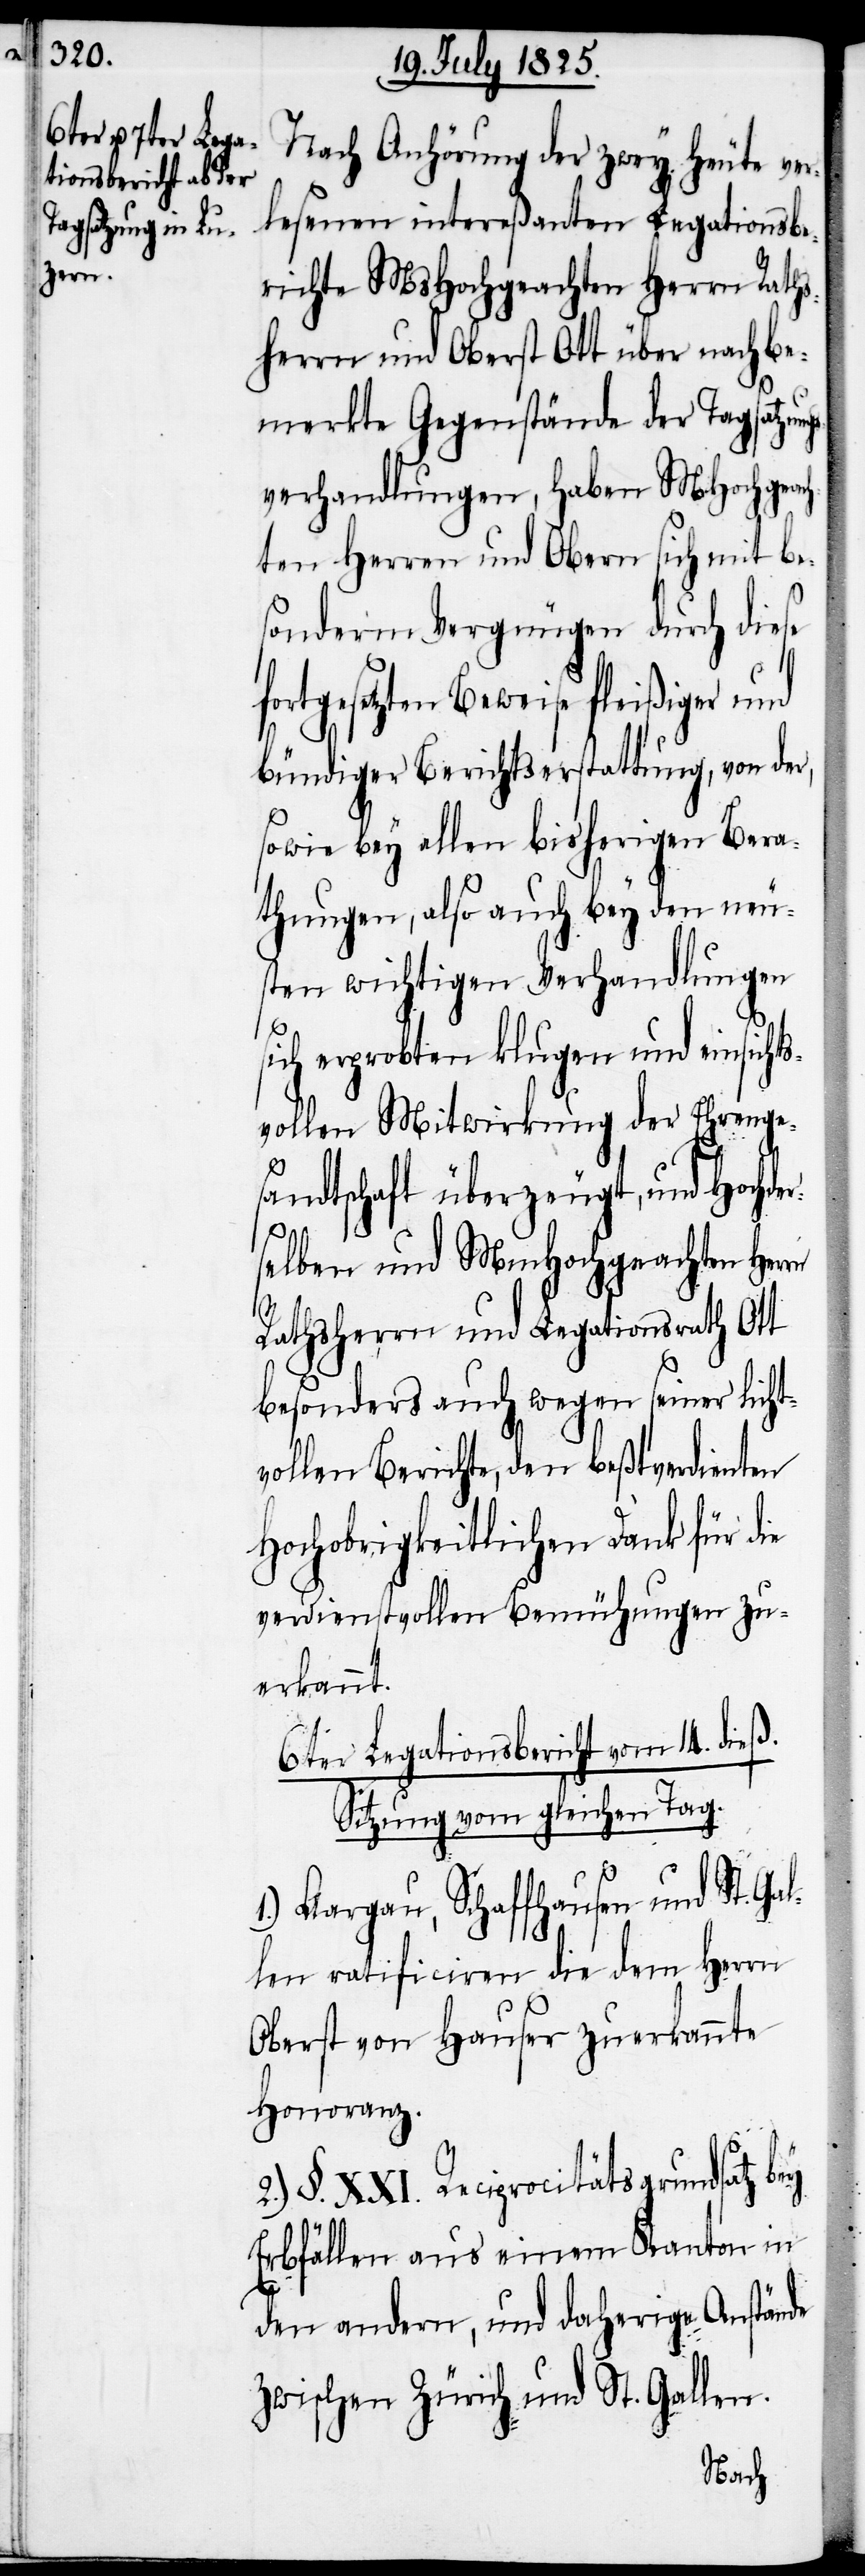
rn

Nach Anhörung der zwey heute ver¬
lesenen intereßanten Legationsbe¬
richte MsHochgeachten Herrn Raths¬
herrn und Oberst Ott über nachbe¬
merkte Gegenstände der Tagsatzun¬
gsverhandlungen, haben MHochgeach¬
ten Herren und Obern sich mit be¬
sonderm Vergnügen durch diese
fortgesetzten Beweise fleißiger und
bündiger Berichtserstattung, von der,
sowie bey allen bisherigen Bera¬
thungen, also auch bey den neu¬
sten wichtigen Verhandlungen
sich erprobten klugen und einsicht¬
svollen Mitwirkung der Ehrenge¬
sandtschaft überzeugt, und Hochder¬
selben und MHochgeachten Her¬
Rathsherrn und Legationsrath Ott
besonders auch wegen seiner licht¬
vollen Berichte, den beßtverdienten
Hochobrigkeitlichen Dank für die
verdienstvollen Bemühungen zu¬
erkannt.
6ter Legationsbericht vom 14. dieß.
Sitzung vom gleichen Tag.
1.) Aargau, Schaffhausen und St. Gal¬
len ratificiren die dem Herrn
Oberst von Hauser zuerkannte
Honoranz.
2.) §. XXI. Reciprocitätsgrundsatz bey
Erbfällen aus einem Kanton in
den andern, und daherige Anstände
zwischen Zürich und St. Gallen.